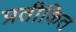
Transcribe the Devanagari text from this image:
प्रतीकित